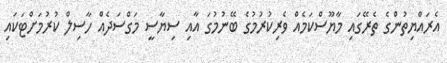
އެރައްޔިތުންގެ ތެރޭގައި މާޔޫސްކަމެއް ވެރިކުރުމުގެ ބޭނުމުގަ އާއި ސިޔާސީ މަގްސަދެއް ހާސިލް ކުރުމަށްޓަކައި